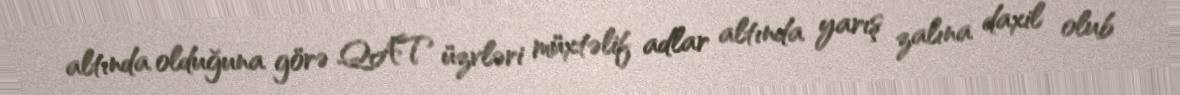
altında olduğuna görə QAT üzvləri müxtəlif adlar altında yarış zalına daxil olub